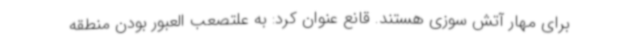
برای مهار آتش سوزی هستند. قانع عنوان کرد: به علتصعب العبور بودن منطقه